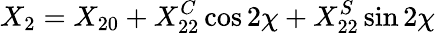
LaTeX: X_{2}=X_{20}+X_{22}^{C}\cos 2\chi+X_{22}^{S}\sin 2\chi